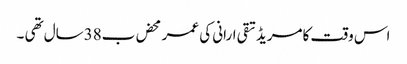
اس وقت کامریڈ تقی ارانی کی عمر محض ب38سال تھی ۔